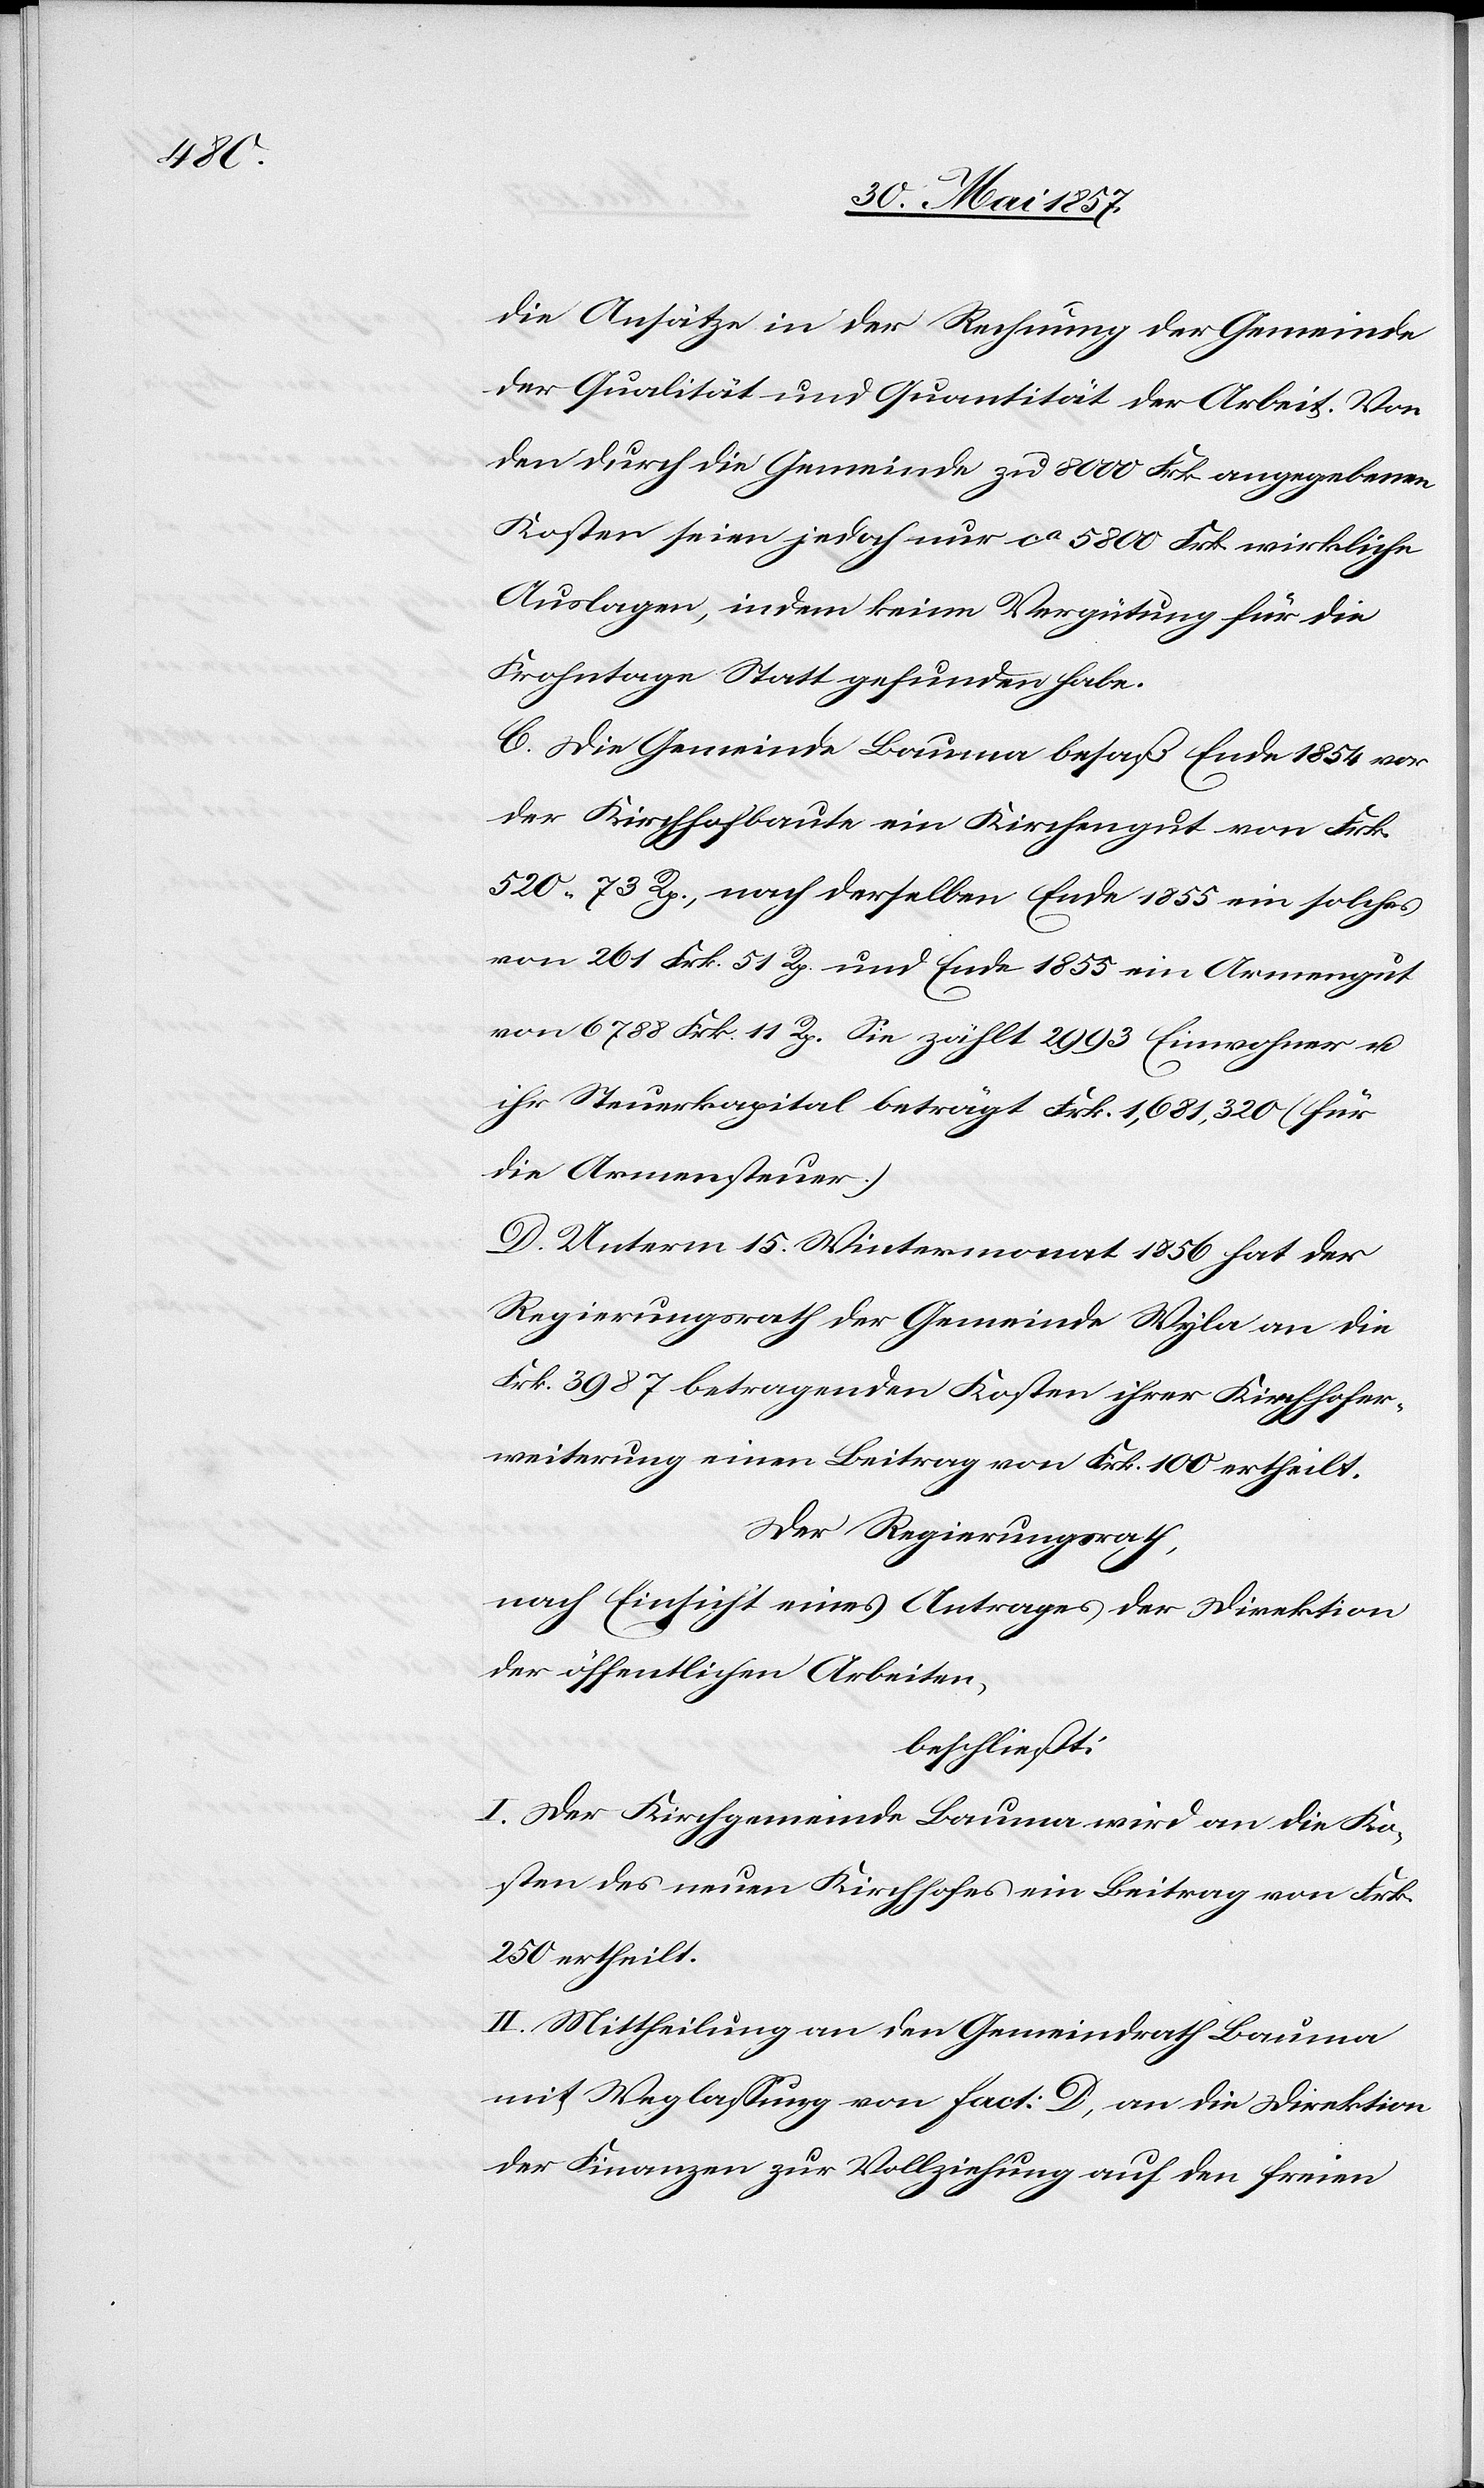
die Ansätze in der Rechnung der Gemeinde
der Qualität und Quantität der Arbeit. Von
den durch die Gemeinde zu 8000 Frk. angegebenen
Kosten seien jedoch nur ca 5800 Frk. wirkliche
Auslagen, indem keine Vergütung für die
Frohntage Statt gefunden habe.
C. Die Gemeinde Bauma besaß Ende 1854 vor
der Kirchhofbaute ein Kirchengut von Frk.
520. 73 Rp., nach derselben Ende 1855 ein solches
von 261 Frk. 51 Rp. und Ende 1855 ein Armengut
von 6788 Frk. 11 Rp. Sie zählt 2993 Einwohner &
ihr Steuerkapital beträgt Frk. 1,681,320 (für
die Armensteuer).
D. Unterm 15 Wintermonat 1856 hat der
Regierungsrath der Gemeinde Wyla an die
Frk. 3987 betragenden Kosten ihrer Kirchhofer¬
weiterung einen Beitrag von Frk. 100 ertheilt.
Der Regierungsrath,
nach Einsicht eines Antrages der Direktion
der öffentlichen Arbeiten,
beschließt:
I. Der Kirchgemeinde Bauma wird an die Ko¬
sten des neuen Kirchhofes ein Beitrag von Frk.
250 ertheilt.
II. Mittheilung an den Gemeindrath Bauma
mit Weglassung von Fact. D, an die Direktion
der Finanzen zur Vollziehung auf den freien